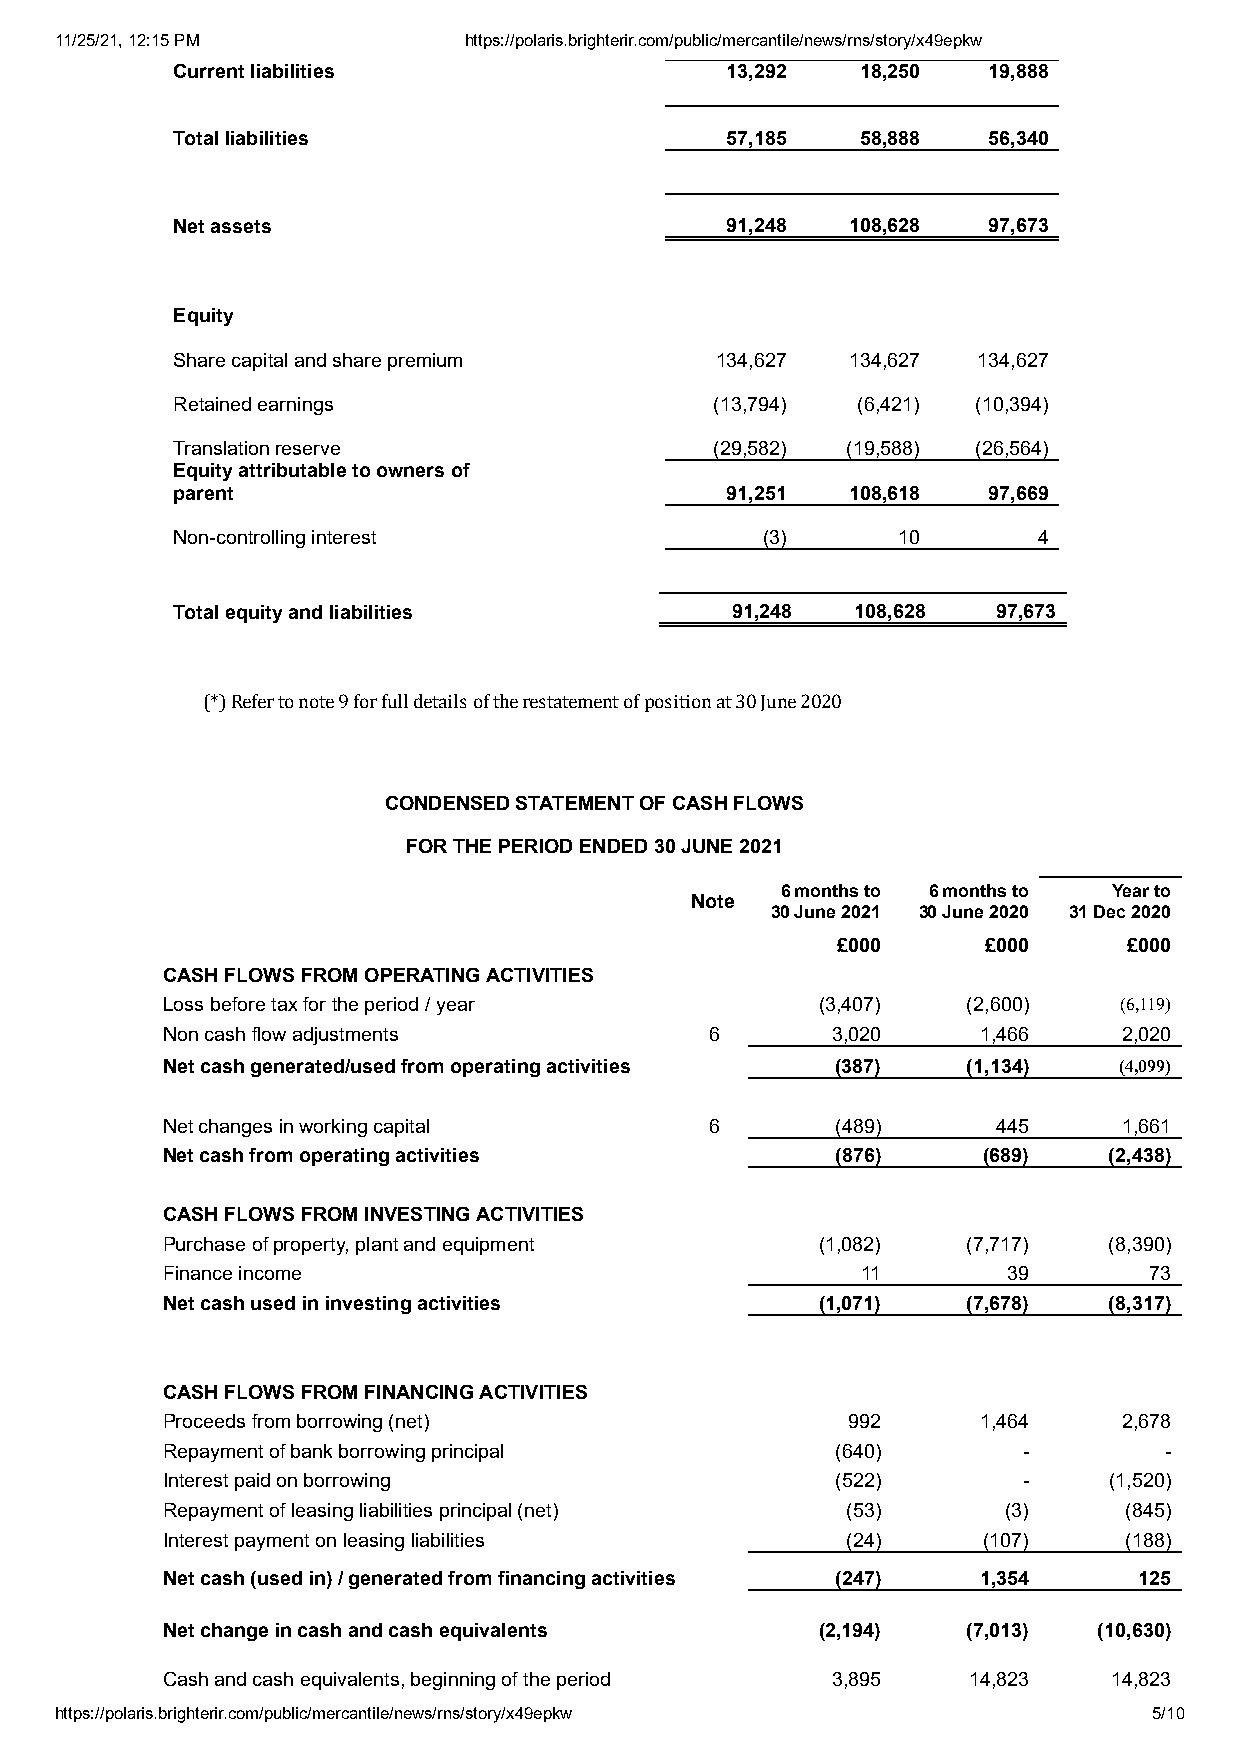
11/25/21, 12:15 PM         https://polaris.brighterir.com/public/mercantile/news/rns/story/x49epkw
 Current liabilities                  13,292   18,250  19,888
 Total liabilities                    57,185   58,888  56,340
 Net assets                           91,248  108,628  97,673
 Equity
 Share capital and share premium     134,627  134,627  134,627
 Retained earnings                   (13,794)  (6,421) (10,394)
 Translation reserve                 (29,582) (19,588) (26,564)
 Equity attributable to owners of
 parent                               91,251  108,618  97,669
 Non-controlling interest               (3)      10        4
 Total equity and liabilities         91,248   108,628  97,673
 (*) Refer to note 9 for full details of the restatement of position at 30 June 2020
 CONDENSED STATEMENT OF CASH FLOWS
 FOR THE PERIOD ENDED 30 JUNE 2021
 6 months to 6 months to Year to
 Note
 30 June 2021 30 June 2020 31 Dec 2020
 £000      £000      £000
 CASH FLOWS FROM OPERATING ACTIVITIES
 Loss before tax for the period / year      (3,407)   (2,600)   (6,119)
 Non cash flow adjustments           6       3,020     1,466    2,020
 Net cash generated/used from operating activities (387) (1,134) (4,099)
 Net changes in working capital      6       (489)      445     1,661
 Net cash from operating activities          (876)     (689)   (2,438)
 CASH FLOWS FROM INVESTING ACTIVITIES
 Purchase of property, plant and equipment  (1,082)   (7,717)  (8,390)
 Finance income                                11        39       73
 Net cash used in investing activities      (1,071)   (7,678)  (8,317)
 CASH FLOWS FROM FINANCING ACTIVITIES
 Proceeds from borrowing (net)                992      1,464    2,678
 Repayment of bank borrowing principal       (640)        -        -
 Interest paid on borrowing                  (522)        -    (1,520)
 Repayment of leasing liabilities principal (net) (53)   (3)    (845)
 Interest payment on leasing liabilities      (24)     (107)    (188)
 Net cash (used in) / generated from financing activities (247) 1,354 125
 Net change in cash and cash equivalents    (2,194)   (7,013)  (10,630)
 Cash and cash equivalents, beginning of the period 3,895 14,823 14,823
 https://polaris.brighterir.com/public/mercantile/news/rns/story/x49epkw 5/10